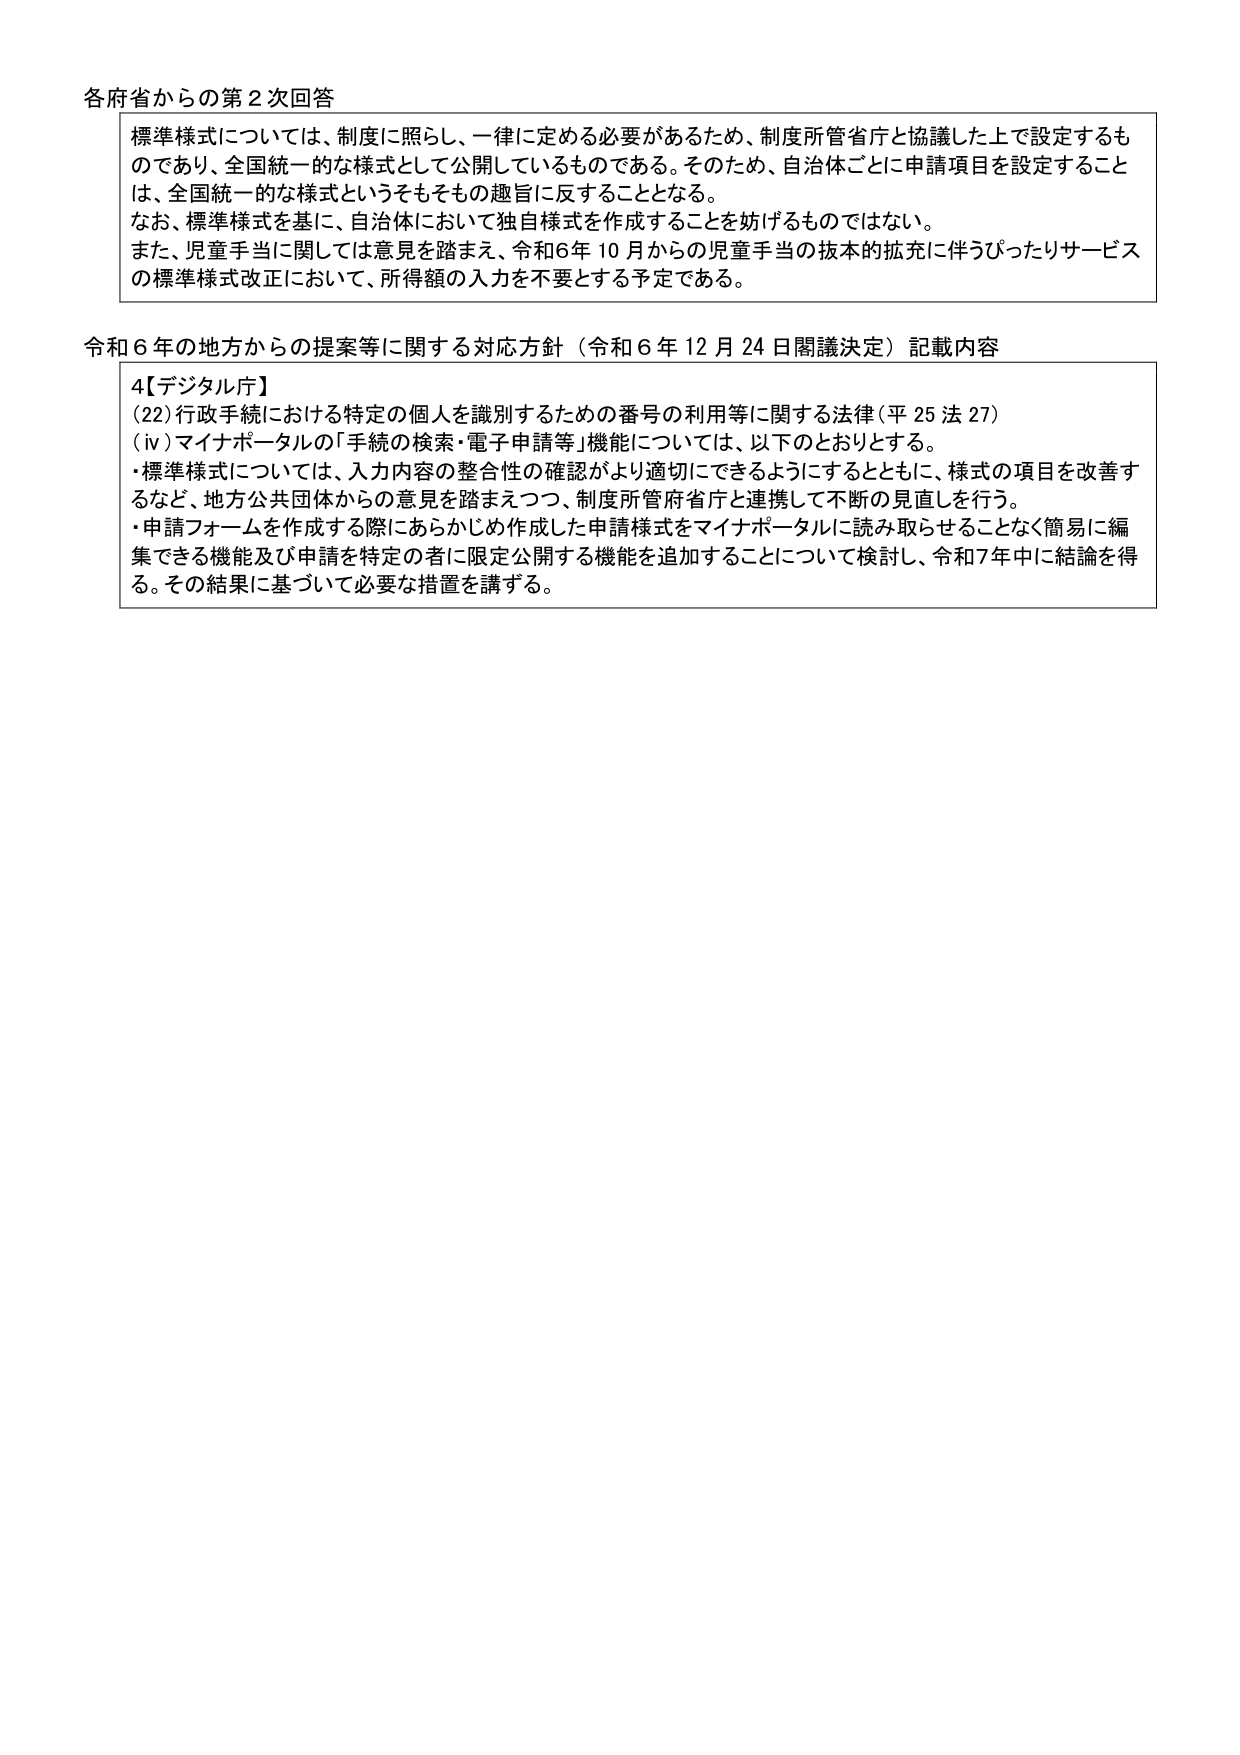
各府省からの第2次回答

標準様式については、制度に照らし、一律に定める必要があるため、制度所管省庁と協議した上で設定するものであり、全国統一的な様式として公開しているものである。そのため、自治体ごとに申請項目を設定することは、全国統一的な様式というそもそもの趣旨に反することとなる。
なお、標準様式を基に、自治体において独自様式を作成することを妨げるものではない。
また、児童手当に関しては意見を踏まえ、令和6年10月からの児童手当の抜本的拡充に伴うぴったりサービスの標準様式改正において、所得額の入力を不要とする予定である。

令和6年の地方からの提案等に関する対応方針（令和6年12月24日閣議決定）記載内容

4【デジタル庁】
(22) 行政手続における特定の個人を識別するための番号の利用等に関する法律（平25法27）
(iv) マイナポータルの「手続の検索・電子申請等」機能については、以下のとおりとする。
・標準様式については、入力内容の整合性の確認がより適切にできるようにするとともに、様式の項目を改善するなど、地方公共団体からの意見を踏まえつつ、制度所管府省庁と連携して不断の見直しを行う。
・申請フォームを作成する際にあらかじめ作成した申請様式をマイナポータルに読み取らせることなく簡易に編集できる機能及び申請を特定の者に限定公開する機能を追加することについて検討し、令和7年中に結論を得る。その結果に基づいて必要な措置を講ずる。